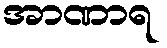
အာဏာရ